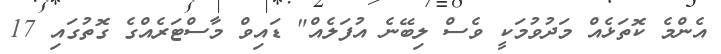
އެންމެ ކޮތަޅެއް މަދުވުމަކީ ވެސް ލިބޭނެ އުފަލެއް" ޑައިވް މާސްޓަރެއްގެ ގޮތުގައި 17